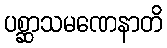
ပစ္ဆာသမဏေနာတိ